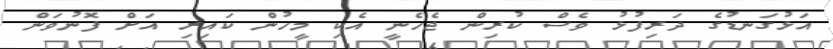
އަޅުގަނޑުގެ ދަރިފުޅު ވެސް ކުރިން ޖެހެނީ އެކި މީހުން ކައިރި އަށް ފޮނުވަން